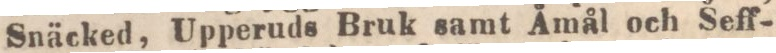
Snäcked, Upperuds Bruk samt Åmål och Seff-